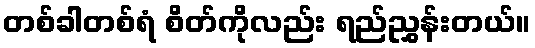
တစ်ခါတစ်ရံ စိတ်ကိုလည်း ရည်ညွှန်းတယ်။